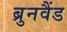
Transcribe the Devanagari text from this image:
ब्रुनवैंड